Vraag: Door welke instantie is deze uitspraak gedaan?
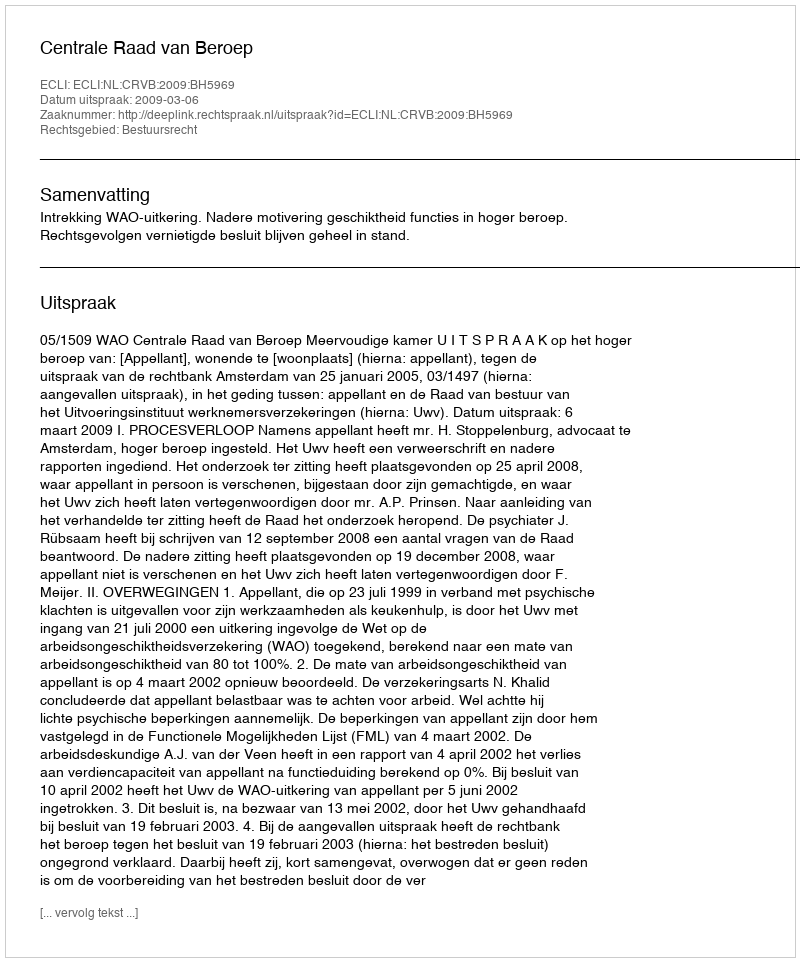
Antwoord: Centrale Raad van Beroep